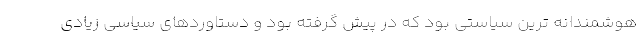
هوشمندانه ترین سیاستی بود که در پیش گرفته بود و دستاوردهای سیاسی زیادی